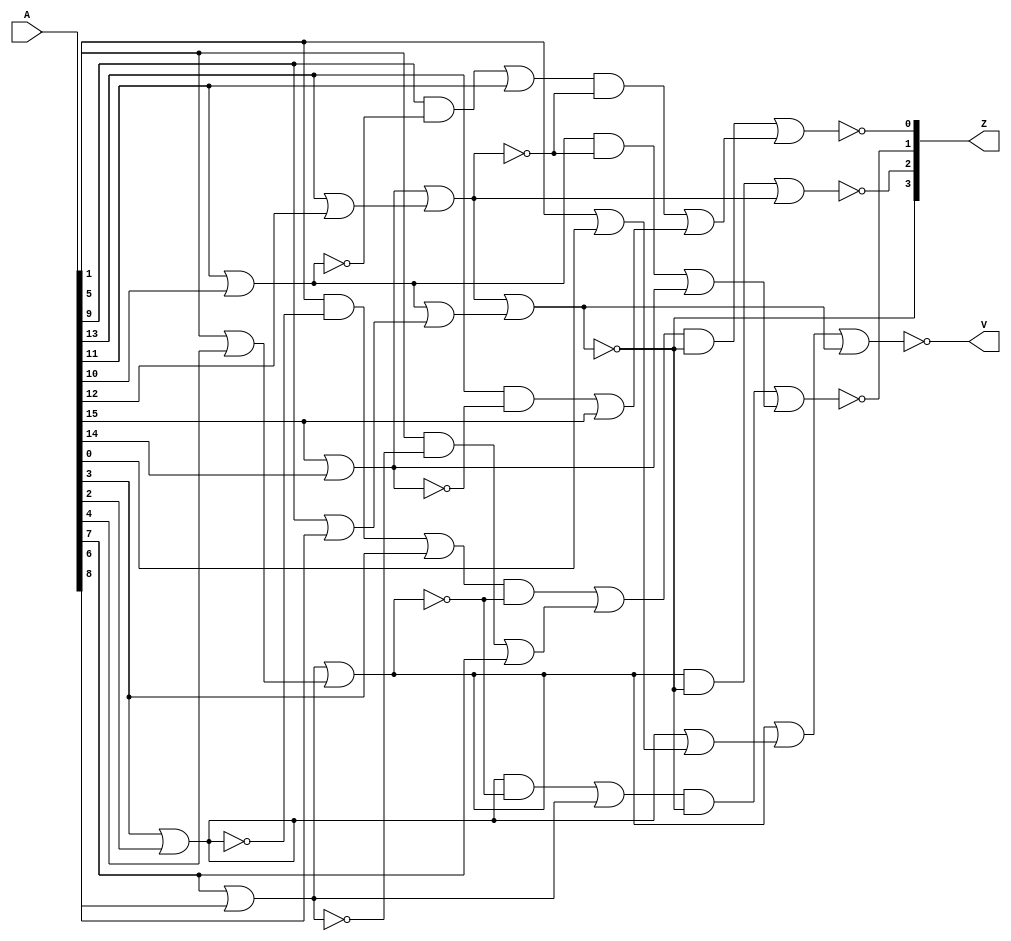
module zero_counter_16(
   input  wire [15:0] A,
   output reg [ 3:0] Z,
   output reg V
);

   integer i;
   reg [7:0] C0;
   reg [3:0] C1;
   reg [3:0] D0;
   reg t0;
   reg t1;
   reg t2;
   reg t3;
   reg e0;
   reg e1;
   always @(*) begin
      for(i=0;i<8;i=i+1)begin
         C0[i] = (A[(i*2)+1]|A[(i*2)]);
      end
      for(i=0;i<4;i=i+1)begin
         C1[i] = (C0[(i*2)+1]|C0[(i*2)]);
      end
      for(i=0;i<4;i=i+1)begin
         D0[i] = ((A[(i*4)+1]&~C0[(2*i)+1])|A[(i*4)+3]);
      end
      
      t0 = ((C0[1]&~C1[1])|C0[3]);
      t1 = ((D0[0]&~C1[1])|D0[1]);
      
      t2 = ((C0[5]&~C1[3])|C0[7]);
      t3 = ((D0[2]&~C1[3])|D0[3]);
      
      e0 = C1[1]|C1[0];
      e1 = C1[3]|C1[2];
      
      V = ~(e0|e1);
      
      Z[3] = ~e1;
      Z[2] = ~((C1[1]&~e1)|C1[3]);
      Z[1] = ~((t0   &~e1)|t2   );
      Z[0] = ~((t1   &~e1)|t3   );
   end

endmodule